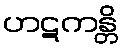
ဟဋကန္တိ